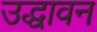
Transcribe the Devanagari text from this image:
उद्धावन